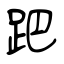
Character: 跁